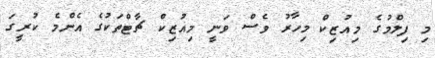
މި ފިލްމުގެ މިއުޒިކް މިހާރު ވެސް ވަނީ މިއުޒިކް ޗާޓްތަކުގެ އެންމެ ކުރީގަ